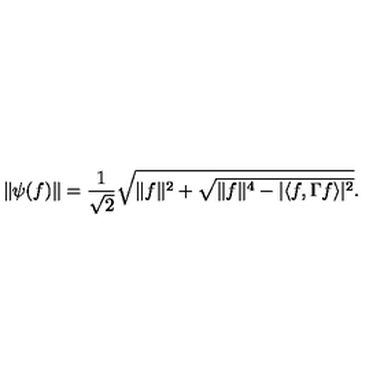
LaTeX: \| \psi ( f ) \| = \frac { 1 } { \sqrt { 2 } } \sqrt { \| f \| ^ { 2 } + \sqrt { \| f \| ^ { 4 } - | \langle f , \Gamma f \rangle | ^ { 2 } } } .